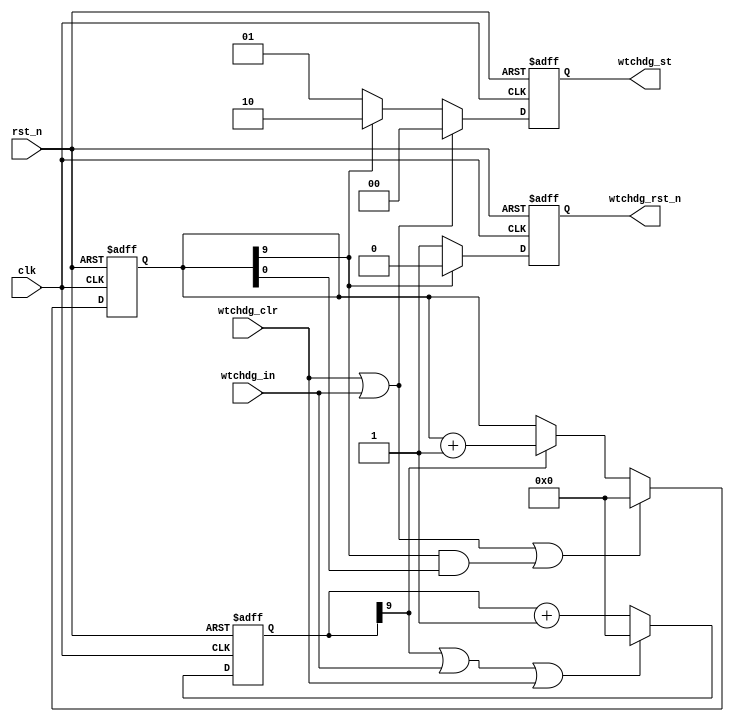
///////////////////////////////////////////////////////////////////////////////
//
// Copyright (c) 2019 PANGO MICROSYSTEMS, INC
// ALL RIGHTS REVERVED.
//
// THE SOURCE CODE CONTAINED HEREIN IS PROPRIETARY TO PANGO MICROSYSTEMS, INC.
// IT SHALL NOT BE REPRODUCED OR DISCLOSED IN WHOLE OR IN PART OR USED BY
// PARTIES WITHOUT WRITTEN AUTHORIZATION FROM THE OWNER.
//
///////////////////////////////////////////////////////////////////////////////
//
// Library:
// Filename:
///////////////////////////////////////////////////////////////////////////////
`timescale 1ns/1ps
module ipm2t_hssthp_rst_wtchdg_v1_0 #(
    parameter ACTIVE_HIGH        = 0,  // 0 : active@low, 1 : active@high
    parameter WTCHDG_CNTR1_WIDTH = 10, //(2**(WTCHDG_CNTR1_WIDTH-1)) = 512
    parameter WTCHDG_CNTR2_WIDTH = 10  //watchdog time = (2**(WTCHDG_CNTR2_WIDTH-1))*(2**(WTCHDG_CNTR1_WIDTH-1)) = 256k;
                                       //watchdog reset length = (2**(WTCHDG_CNTR1_WIDTH-1))
)(
    input   wire                             clk,
    input   wire                             rst_n,
    input   wire                             wtchdg_clr,
    input   wire                             wtchdg_in,
    output  reg                              wtchdg_rst_n,
    output  reg      [1    :0]               wtchdg_st
);

wire                              wtchdg_in_mux;
reg     [WTCHDG_CNTR1_WIDTH-1:0]  cnt_1;
reg     [WTCHDG_CNTR2_WIDTH-1:0]  cnt_2;

assign wtchdg_in_mux = (ACTIVE_HIGH == 1'b1) ? ~wtchdg_in : wtchdg_in;

always@(posedge clk or negedge rst_n)
begin
    if (!rst_n)
    begin
        cnt_1 <= {WTCHDG_CNTR1_WIDTH{1'b0}};
    end
    else if(cnt_1[WTCHDG_CNTR1_WIDTH-1] | wtchdg_in_mux | wtchdg_clr)
    begin
        cnt_1 <= {WTCHDG_CNTR1_WIDTH{1'b0}};
    end
    else
    begin
        cnt_1 <= cnt_1 + { {(WTCHDG_CNTR1_WIDTH-1){1'b0}}, 1'b1};
    end
end

always@(posedge clk or negedge rst_n)
begin
    if (!rst_n)
    begin
        cnt_2 <= {WTCHDG_CNTR2_WIDTH{1'b0}};
    end
    else if(wtchdg_clr | wtchdg_in_mux | (cnt_2[WTCHDG_CNTR2_WIDTH-1] & cnt_2[0]) )
    begin
        cnt_2 <= {WTCHDG_CNTR2_WIDTH{1'b0}};
    end
    else if(cnt_1[WTCHDG_CNTR1_WIDTH-1])
    begin
        cnt_2 <= cnt_2 + { {(WTCHDG_CNTR2_WIDTH-1){1'b0}}, 1'b1};
    end
end

always@(posedge clk or negedge rst_n)
begin
    if (!rst_n)
    begin
        wtchdg_rst_n <= 1'b1;
    end
    else if(cnt_2[WTCHDG_CNTR2_WIDTH-1])
    begin
        wtchdg_rst_n <= 1'b0;
    end
    else
    begin
        wtchdg_rst_n <= 1'b1;
    end
end

always@(posedge clk or negedge rst_n)
begin
    if (!rst_n)
        wtchdg_st <= 2'b0;
    else if(wtchdg_in_mux | wtchdg_clr)
        wtchdg_st <= 2'b0; //Waiting
    else if(cnt_2[WTCHDG_CNTR2_WIDTH-1])
        wtchdg_st <= 2'b10;//Alarming
    else
        wtchdg_st <= 2'b01;//Counting
end

endmodule